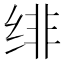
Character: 绯